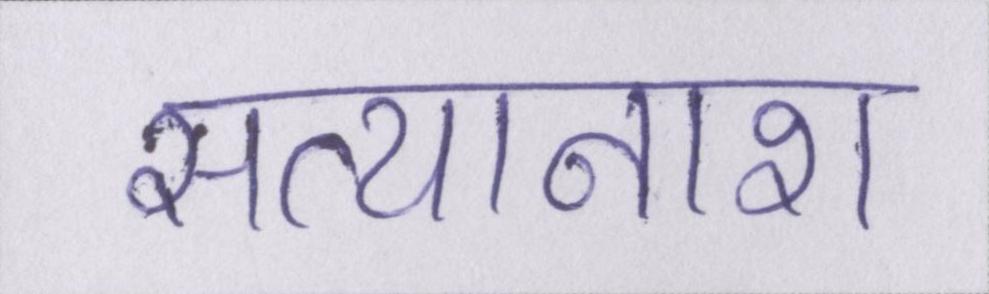
सत्यानाश